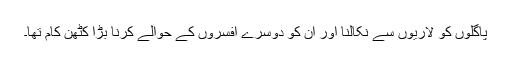
پاگلوں کو لاریوں سے نکالنا اور ان کو دوسرے افسروں کے حوالے کرنا بڑا کٹھن کام تھا۔